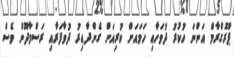
ޕްރޮގްރާމް އަންނަ ހުކުރު ދުވަހާއި ހަމައަށް ކުރިއަށް ގެންދާއިރު ދުވާފަރާއި ރަސްމާދޫން ވެސް